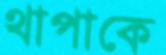
থাপাকে